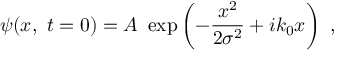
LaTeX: \psi ( x , \ t = 0 ) = A \ \exp \left( - { \frac { x ^ { 2 } } { 2 \sigma ^ { 2 } } } + i k _ { 0 } x \right) \ ,